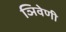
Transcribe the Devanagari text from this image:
ञिवेणी